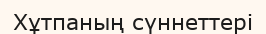
Хұтпаның сүннеттері